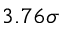
3 . 7 6 \sigma